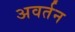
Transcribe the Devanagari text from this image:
अवर्तन